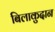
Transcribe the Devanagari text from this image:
बिलाकुदान